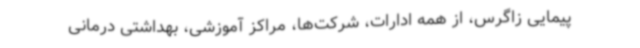
پیمایی زاگرس، از همه ادارات، شرکت‌ها، مراکز آموزشی، بهداشتی درمانی